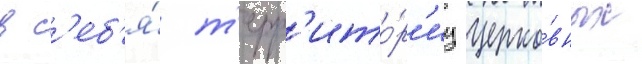
в с'еб'я́ т'ерр'ито́р'иу церко́вных